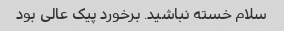
سلام خسته نباشید. برخورد پیک عالی بود